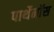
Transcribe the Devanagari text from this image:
पार्थेनॉस